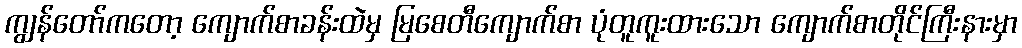
ကျွန်တော်ကတော့ ကျောက်စာခန်းထဲမှ မြစေတီကျောက်စာ ပုံတူကူးထားသော ကျောက်စာတိုင်ကြီးနားမှာ